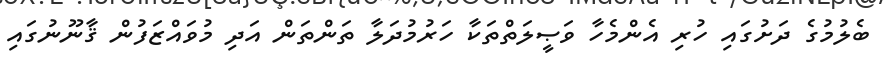
ބެލުމުގެ ދަށުގައި ހުރި އެންމެހާ ވަޞީލަތްތަކާ ހަރުމުދަލާ ތަންތަން އަދި މުވައްޒަފުން ޤާނޫނުގައި